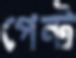
পেন্ট